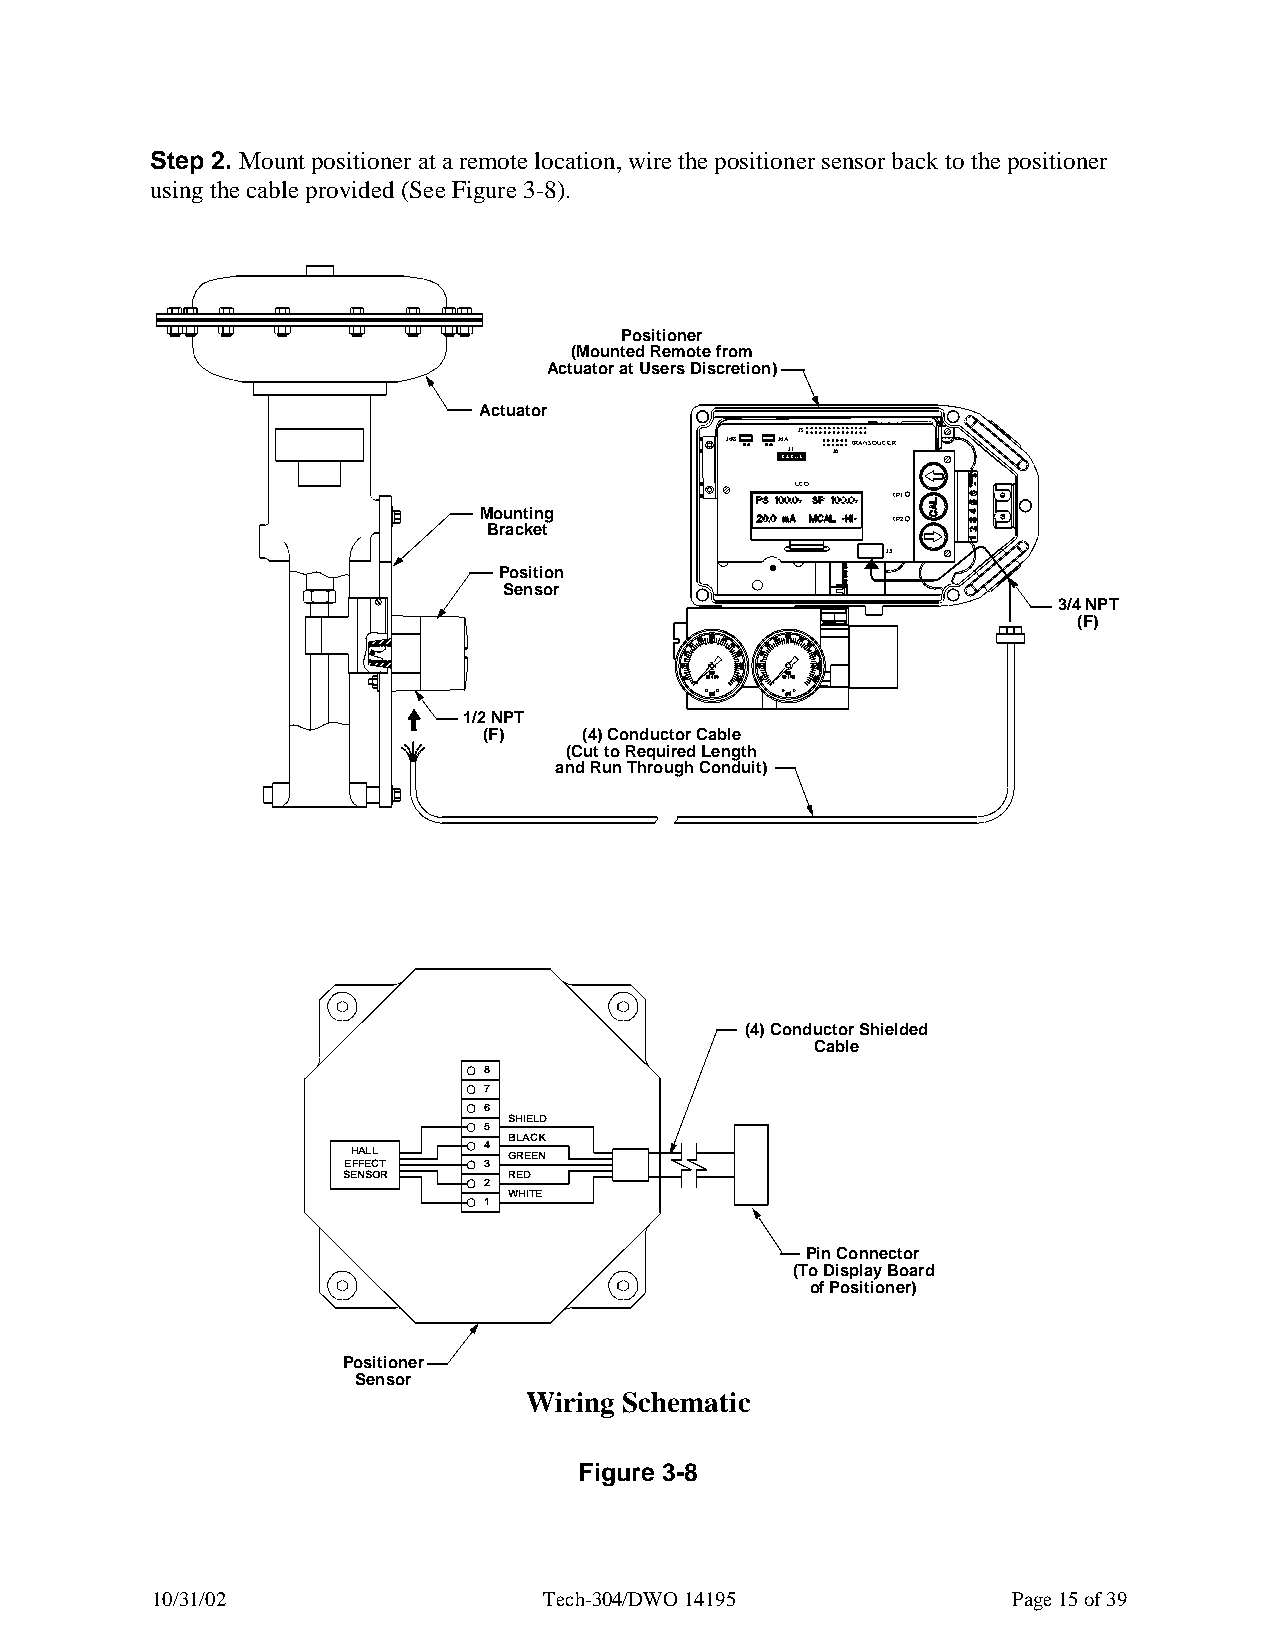
Step 2. Mount positioner at a remote location, wire the positioner sensor back to the positioner
 using the cable provided (See Figure 3-8).
 Positioner
 (Mounted Remote from
 Actuator at Users Discretion)
 Actuator
 J3
 J4B J4A J1 J1 J6 TRANSDUCER
 LCD
 TP1
 Mounting
 Bracket                    TP2
 J5
 Position
 Sensor
 3/4 NPT
 (F)
 1/2 NPT
 (F)    (4) Conductor Cable
 (Cut to Required Length
 and Run Through Conduit)
 (4) Conductor Shielded
 Cable
 8
 7
 6
 SHIELD
 5
 BLACK
 HALL     4 GREEN
 EFFECT   3
 SENSOR     RED
 2
 WHITE
 1
 Pin Connector
 (To Display Board
 of Positioner)
 Positioner
 Sensor
 Wiring Schematic
 Figure 3-8
 10/31/02                  Tech-304/DWO 14195             Page 15 of 39